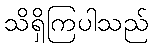
သိရှိကြပါသည်